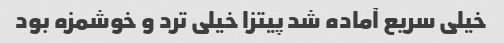
خیلی سریع آماده شد پیتزا خیلی ترد و خوشمزه بود